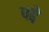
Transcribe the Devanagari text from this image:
पद्दे